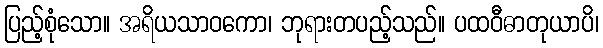
ပြည့်စုံသော။ အရိယသာဝကော၊ ဘုရားတပည့်သည်။ ပထဝီဓာတုယာပိ၊